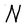
Character: N